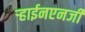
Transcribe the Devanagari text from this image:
ऱ्हाईनएनर्जी